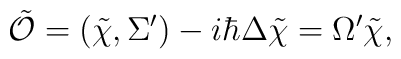
\tilde{\cal O}=(\tilde\chi,\Sigma^\prime)-i\hbar\Delta \tilde\chi=\Omega^\prime \tilde\chi,